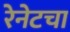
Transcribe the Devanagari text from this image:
रेनेटचा